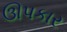
ઊપકાર